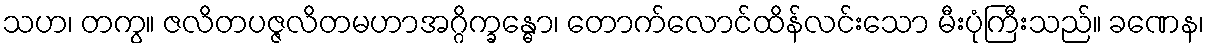
သဟ၊ တကွ။ ဇလိတပဇ္ဇလိတမဟာအဂ္ဂိက္ခန္ဓော၊ တောက်လောင်ထိန်လင်းသော မီးပုံကြီးသည်။ ခဏေန၊